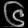
Digit: ၆